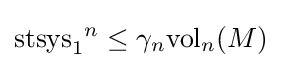
\mathrm {stsys} _{1}{}^{n}\leq \gamma _{n}\mathrm {vol} _{n}(M)